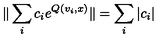
\| \sum _ { i } c _ { i } e ^ { Q ( v _ { i } , x ) } \| = \sum _ { i } | c _ { i } |